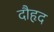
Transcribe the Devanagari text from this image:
दौहृद